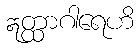
ဣတ္ထာဂါရေဟိ